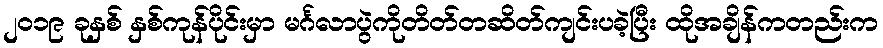
၂၀၁၉ ခုနှစ် နှစ်ကုန်ပိုင်းမှာ မင်္ဂလာပွဲကိုတိတ်တဆိတ်ကျင်းပခဲ့ပြီး ထိုအချိန်ကတည်းက